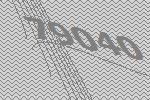
79040